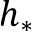
h _ { * }